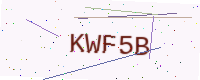
Text: KWF5B